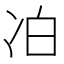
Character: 𪞜